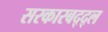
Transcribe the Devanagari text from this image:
सरकारबद्द्ल